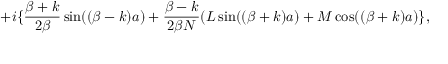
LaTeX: + i \{ \frac { \beta + k } { 2 \beta } \sin ( ( \beta - k ) a ) + \frac { \beta - k } { 2 \beta N } ( L \sin ( ( \beta + k ) a ) + M \cos ( ( \beta + k ) a ) \} ,